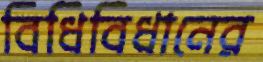
বিধিবিধানের